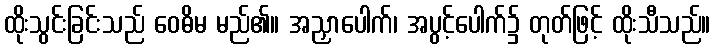
ထိုးသွင်းခြင်းသည် ဝေဓိမ မည်၏။ အညှာပေါက်၊ အပွင့်ပေါက်၌ တုတ်ဖြင့် ထိုးသီသည်။